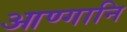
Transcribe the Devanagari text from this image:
आण्गानि